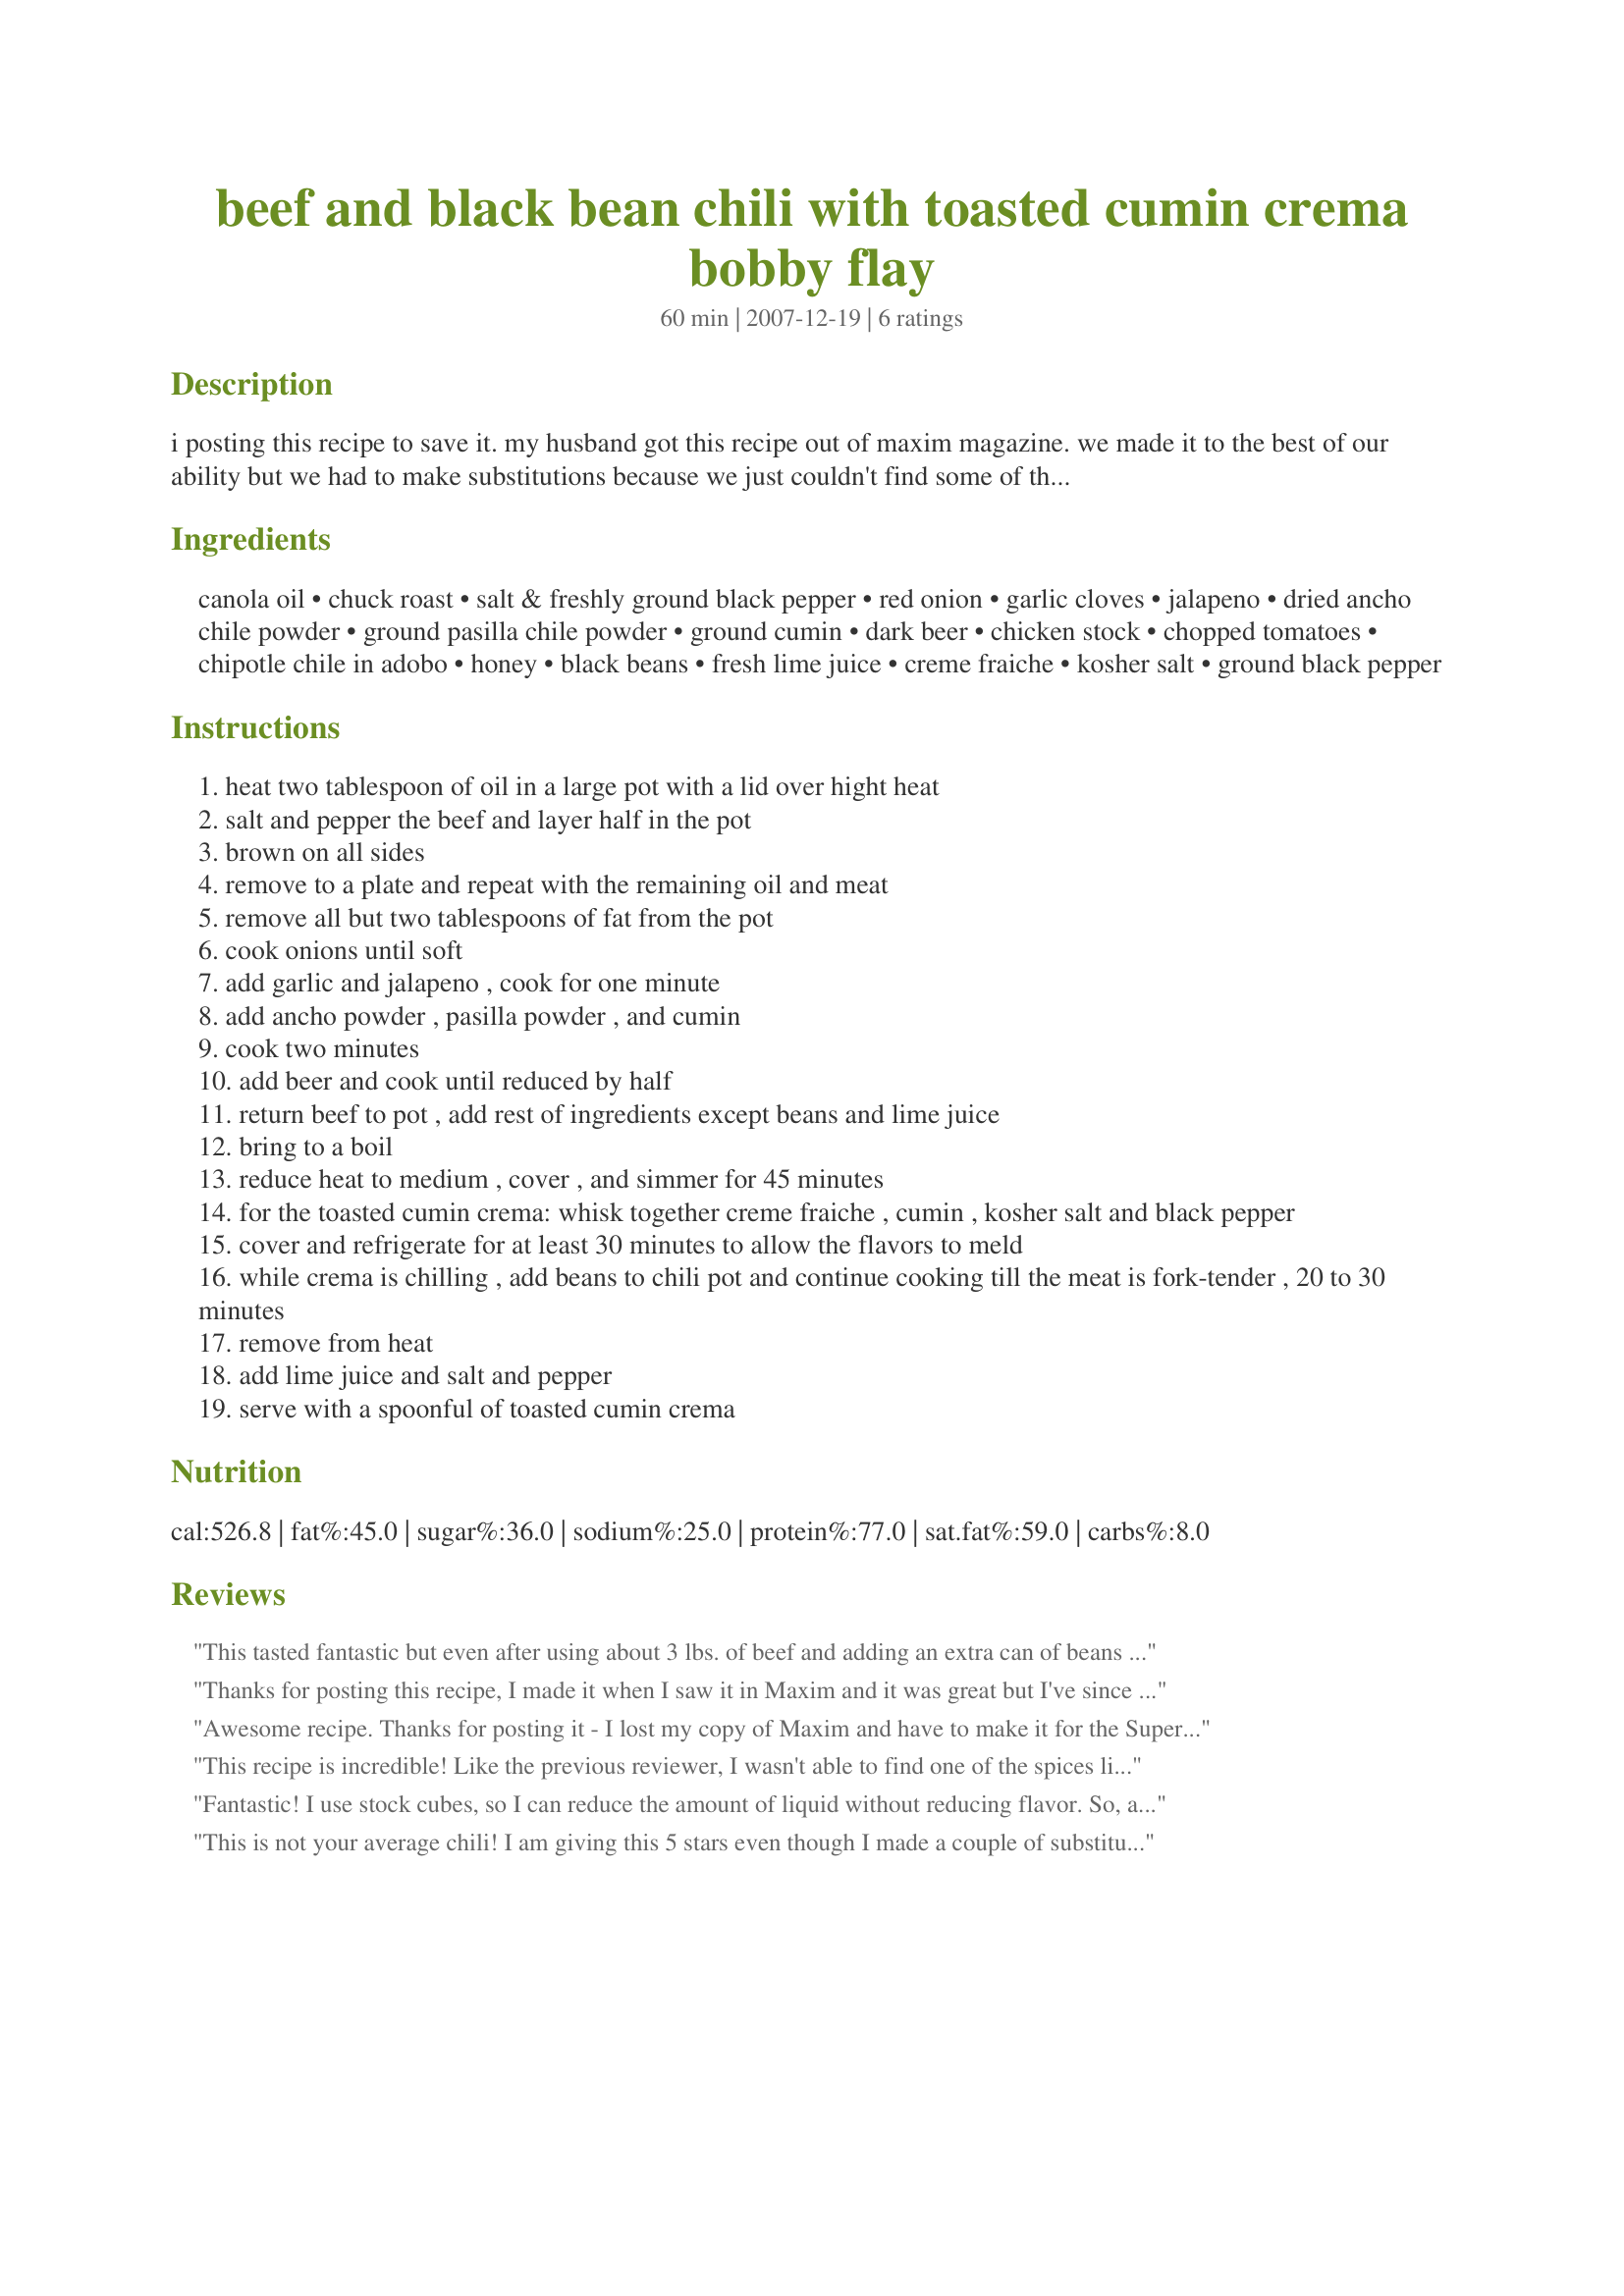
beef and black bean chili with toasted cumin crema bobby flay
Preparation time: 60 minutes

i posting this recipe to save it. my husband got this recipe out of maxim magazine. we made it to the best of our ability but we had to make substitutions because we just couldn't find some of the chili powders. we ended up just using 5 tbs. of commercial chili powders in place of the 3 tbs. of ancho chili powder, 1 tbs. pasilla chili powder, and 1 tbs. ground cumin. it was still very good. we also substituted ground buffalo for about 1/2 of the beef. then we made it extra fancy pants... we topped it with the cumin crema, sliced avocado and apple smoked gruyere.

Ingredients:
canola oil, chuck roast, salt & freshly ground black pepper, red onion, garlic cloves, jalapeno, dried ancho chile powder, ground pasilla chile powder, ground cumin, dark beer, chicken stock, chopped tomatoes, chipotle chile in adobo, honey, black beans, fresh lime juice, creme fraiche, kosher salt, ground black pepper

Steps:
heat two tablespoon of oil in a large pot with a lid over hight heat
salt and pepper the beef and layer half in the pot
brown on all sides
remove to a plate and repeat with the remaining oil and meat
remove all but two tablespoons of fat from the pot
cook onions until soft
add garlic and jalapeno , cook for one minute
add ancho powder , pasilla powder , and cumin
cook two minutes
add beer and cook until reduced by half
return beef to pot , add rest of ingredients except beans and lime juice
bring to a boil
reduce heat to medium , cover , and simmer for 45 minutes
for the toasted cumin crema: whisk together creme fraiche , cumin , kosher salt and black pepper
cover and refrigerate for at least 30 minutes to allow the flavors to meld
while crema is chilling , add beans to chili pot and continue cooking till the meat is fork-tender , 20 to 30 minutes
remove from heat
add lime juice and salt and pepper
serve with a spoonful of toasted cumin crema

Reviews:
This tasted fantastic but even after using about 3 lbs. of beef and adding an extra can of beans (used white beans) it was still much too soupy. I'd use only 4 cups of broth next time and keep the extra 1/2 pound of meat I added. I unfortunately wasn't able to make the toasted cumin crema (thought I had enough sour cream on hand but I didn't!) but I did have all the different chili powders!
Thanks for posting this recipe, I made it when I saw it in Maxim and it was great but I've since lost the recipe and it is excellent chili. I would recommend one thing to anyone who tries this recipe in the future, as it does come out a bit soupy. You can add less stock if you want, but a small can or two of tomato paste really brings the chili together without having to use less stock. It thickens the chili without taking away from the flavor. Don't skip the cumin sour cream! It's one of my favorite parts!
Awesome recipe. Thanks for posting it - I lost my copy of Maxim and have to make it for the Superbowl party this weekend. I have always used pork with this recipe, and have never personally added the white beans. Toasted Cumin shouldn't be overlooked - it is a great addition. Make a pot and then let sit in the garage or fridge overnight if you can resist - the flavors really come together that way.
This recipe is incredible! Like the previous reviewer, I wasn't able to find one of the spices listed but after making a substitution of the dried ancho chile powder for the Mexican chile powder found it did not matter. I would recommend not using so much stock-- 4 cups would be suitable, I think. I would also use 3- 3.5 lbs of chuck roast instead of the 2.5 listed in the ingredients. HOWEVER, the taste of this chili is absolutely incredible-- My guests went back for seconds and thirds! The toasted cumin crema is the perfect compliment and I entirely recommend making it. I also endorse the use of avocado and freshly shredded cheddar cheese as toppers.
Fantastic! I use stock cubes, so I can reduce the amount of liquid without reducing flavor. So, according to other reviews I anticipated this recipe to be on the soupy side and started with much less water and kept adding as needed.
This is not your average chili! I am giving this 5 stars even though I made a couple of substitutions (only because they were what I had on hand). I am usually afraid to use too much chipotle pepper because I find them too hot and spicy, but the amount used here was very nice and enjoyable. I used ground beef and both black beans and cannellini beans because I had them on hand and needed to use them. Otherwise, I followed the directions as written. Be sure to make the crema ahead of time - it is something special. Made for PAC Fall 2009.
